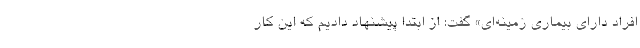
افراد دارای بیماری زمینه‌ای» گفت: از ابتدا پیشنهاد دادیم که این کار